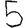
Digit: 5